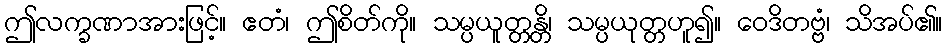
ဤလက္ခဏာအားဖြင့်။ ဧတံ၊ ဤစိတ်ကို။ သမ္ပယူတ္တန္တိ၊ သမ္ပယုတ္တဟူ၍။ ဝေဒိတဗ္ဗံ၊ သိအပ်၏။